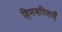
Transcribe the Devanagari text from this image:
हिमसरिताएँ